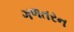
ગળતરન